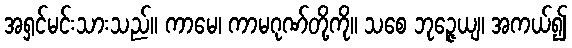
အရှင်မင်းသားသည်။ ကာမေ၊ ကာမဂုဏ်တို့ကို။ သစေ ဘုဉ္ဇေယျ၊ အကယ်၍